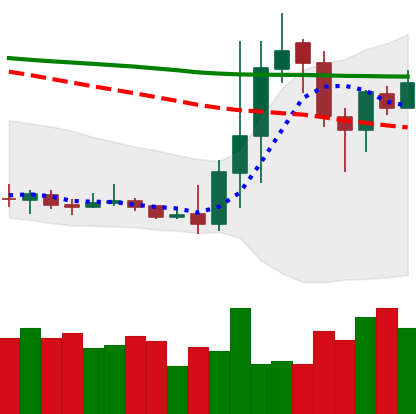
Ticker: DOGE-USD
Chart end date: 2020-01-12
Forward return: 4.578%
Label: up_3_5